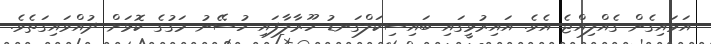
އަޅައިގެން ގެއްލިއްޖެ އެވެ. އައިރުޅީގައި ބައިސިކަލްގަނޑު ހޫރާލާފައި ހުސޭނު މަގުގެ ކޮޅަށް ދުއްވައިގަތެވެ.